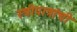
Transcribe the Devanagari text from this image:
स्त्रीपात्रांची